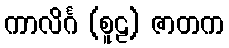
ကာလိင်္ဂ (စူဠ) ဇာတက